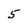
Character: 5